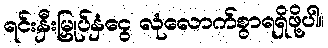
ရင်းနှီးမြှုပ်နှံငွေ လုံလောက်စွာရရှိဖို့ပါ။